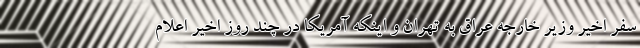
سفر اخیر وزیر خارجه عراق به تهران و اینکه آمریکا در چند روز اخیر اعلام